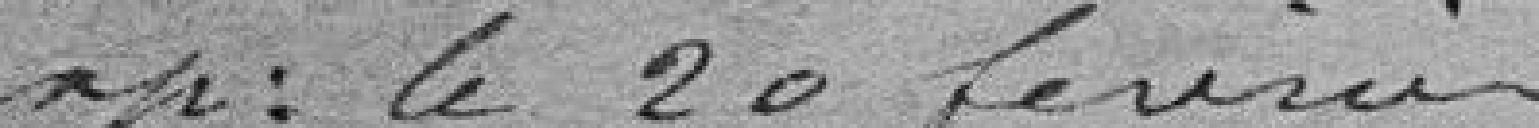
Exp : le 20 février.